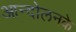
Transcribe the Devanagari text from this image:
आन्दोलनके